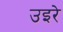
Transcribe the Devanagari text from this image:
उइरे